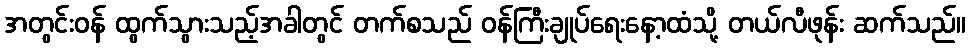
အတွင်းဝန် ထွက်သွားသည့်အခါတွင် တက်စသည် ဝန်ကြီးချုပ်ရေးနော့ထံသို့ တယ်လီဖုန်း ဆက်သည်။